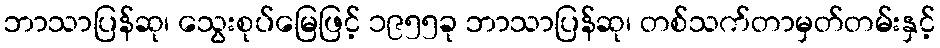
ဘာသာပြန်ဆု၊ သွေးစုပ်မြေဖြင့် ၁၉၅၅ခု ဘာသာပြန်ဆု၊ တစ်သက်တာမှတ်တမ်းနှင့်